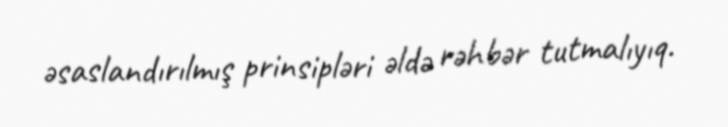
əsaslandırılmış prinsipləri əldə rəhbər tutmalıyıq.